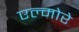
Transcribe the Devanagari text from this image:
एल्मोरे